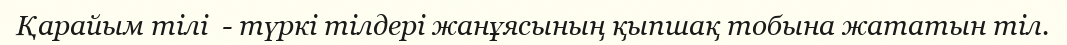
Қарайым тілі  - түркі тілдері жанұясының қыпшақ тобына жататын тіл.